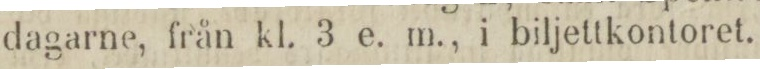
dagarne, från kl. 3 e. m., i biljettkontoret.